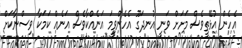
އެހެން އުޅޭތީވެސް މަށަށް ވަނީ އުނދަގޫ އެހެންވީމަ އަނެއްކާވެސް އަނެއް ކަމަކާ ވިސްނާކަށް